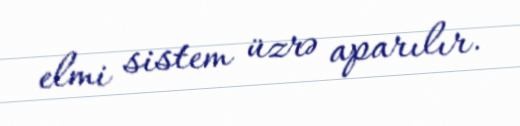
elmi sistem üzrə aparılır.